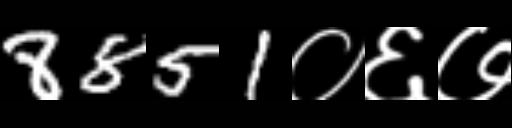
Text: 8851०६७